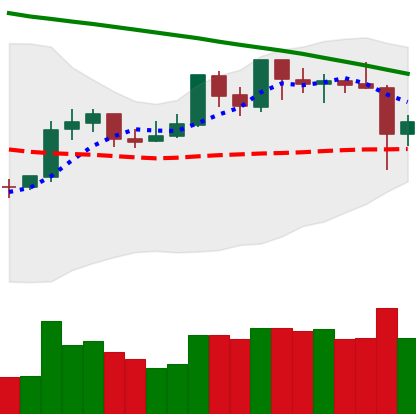
Ticker: XRP-USD
Chart end date: 2019-10-24
Forward return: 8.426%
Label: up_7plus